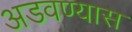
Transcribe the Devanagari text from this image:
अडवण्यास